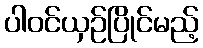
ပါဝင်ယှဉ်ပြိုင်မည့်